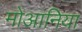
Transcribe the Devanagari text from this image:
मोआनिया